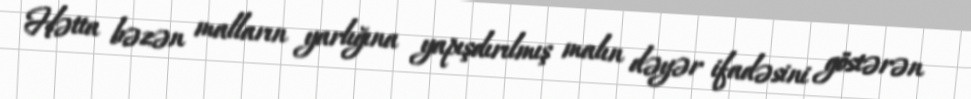
Hətta bəzən malların yarlığına yapışdırılmış malın dəyər ifadəsini göstərən